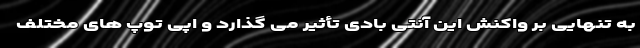
به تنهایی بر واکنش این آنتی بادی تأثیر می گذارد و اپی توپ های مختلف